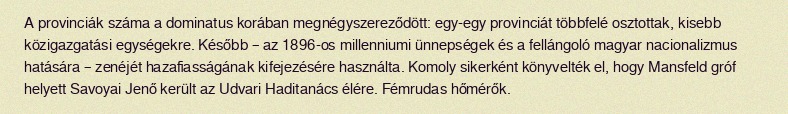
A provinciák száma a dominatus korában megnégyszereződött: egy-egy provinciát többfelé osztottak, kisebb közigazgatási egységekre. Később – az 1896-os millenniumi ünnepségek és a fellángoló magyar nacionalizmus hatására – zenéjét hazafiasságának kifejezésére használta. Komoly sikerként könyvelték el, hogy Mansfeld gróf helyett Savoyai Jenő került az Udvari Haditanács élére. Fémrudas hőmérők.